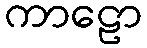
ကာဠော